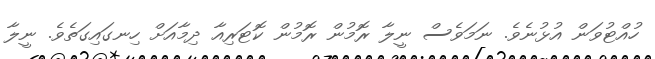
ހުއްޓުވަން އުޅުނެވެ. ނަމަވެސް ނީލާ ރޮމުން ރޮމުން ކޮޓަރިއާ ދިމާއަށް ހިނގައިގަތެވެ. ނީލާ